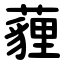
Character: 薶